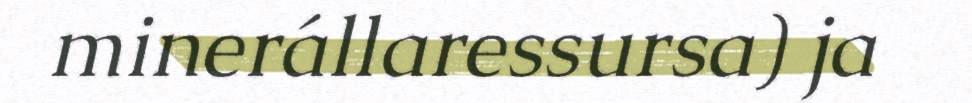
minerállaressursa) ja